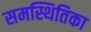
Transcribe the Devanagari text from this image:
समस्थितिका